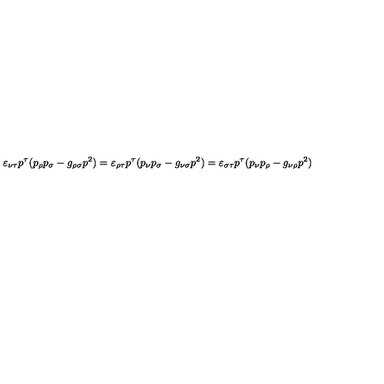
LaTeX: \varepsilon _ { \nu \tau } p ^ { \tau } ( p _ { \rho } p _ { \sigma } - g _ { \rho \sigma } p ^ { 2 } ) = \varepsilon _ { \rho \tau } p ^ { \tau } ( p _ { \nu } p _ { \sigma } - g _ { \nu \sigma } p ^ { 2 } ) = \varepsilon _ { \sigma \tau } p ^ { \tau } ( p _ { \nu } p _ { \rho } - g _ { \nu \rho } p ^ { 2 } )